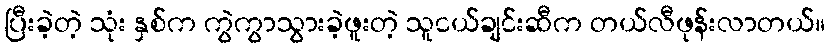
ပြီးခဲ့တဲ့ သုံး နှစ်က ကွဲကွာသွားခဲ့ဖူးတဲ့ သူငယ်ချင်းဆီက တယ်လီဖုန်းလာတယ်။